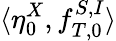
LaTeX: \langle\eta_{0}^{X},f_{T,0}^{S,I}\rangle